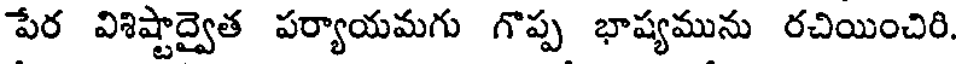
పేర విశిష్టాద్వైత పర్యాయమగు గొప్ప భాష్యమును రచియించిరి.